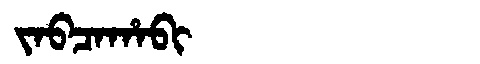
Manchu: ᠵᠠᠪᠴᠠᡥᠠᠪᡳ
Romanization: JABCAHABI